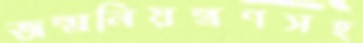
জন্মনিয়ন্ত্রণসহ